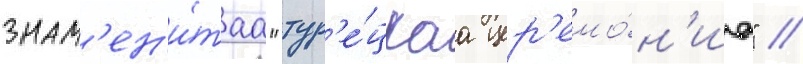
знам'ен'и́таа "тур'е́цкаа цер'емо́н'иа" //